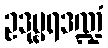
ဥဒုမ္ဗရဒဏ္ဍံ